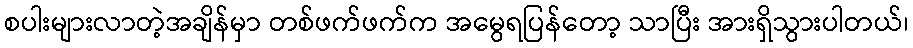
စပါးများလာတဲ့အချိန်မှာ တစ်ဖက်ဖက်က အမွေရပြန်တော့ သာပြီး အားရှိသွားပါတယ်၊